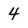
Character: 4